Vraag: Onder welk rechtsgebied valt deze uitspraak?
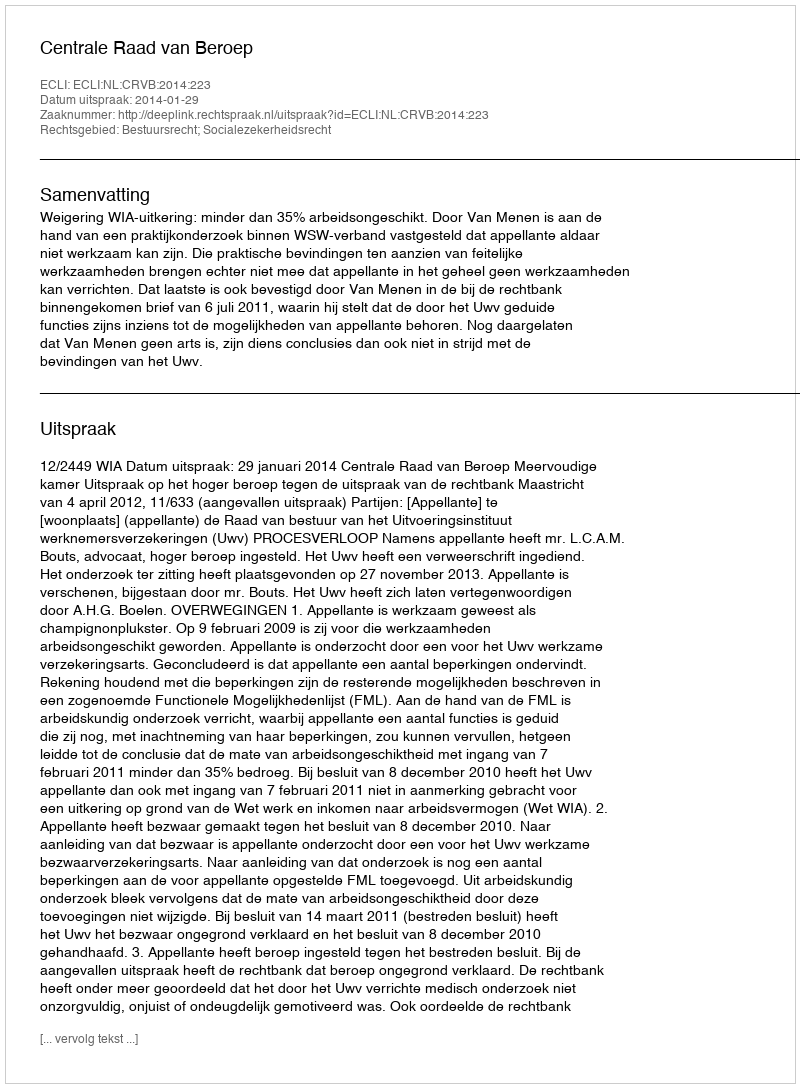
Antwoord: Bestuursrecht; Socialezekerheidsrecht